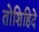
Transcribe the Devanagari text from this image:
तोशिहिदे